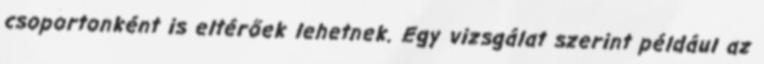
csoportonként is eltérőek lehetnek. Egy vizsgálat szerint például az